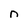
Character: n